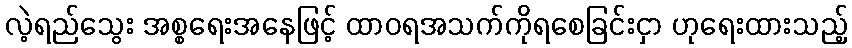
လဲ့ရည်သွေး အစ္စရေးအနေဖြင့် ထာဝရအသက်ကိုရစေခြင်းငှာ ဟုရေးထားသည့်